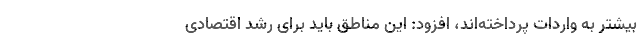
بیشتر به واردات پرداخته‌اند، افزود: این مناطق باید برای رشد اقتصادی